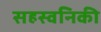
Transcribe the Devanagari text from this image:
सहस्वनिकी